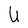
Character: U